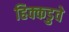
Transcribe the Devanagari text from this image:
हिक्कडुवे